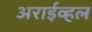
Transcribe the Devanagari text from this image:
अराईव्हल